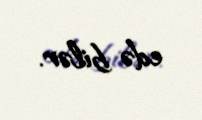
edə bilər.